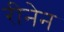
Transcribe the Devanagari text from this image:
रीनेन